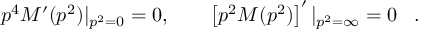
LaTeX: p ^ { 4 } M ^ { \prime } ( p ^ { 2 } ) | _ { p ^ { 2 } = 0 } = 0 , \qquad \left[ p ^ { 2 } M ( p ^ { 2 } ) \right] ^ { \prime } | _ { p ^ { 2 } = \infty } = 0 \; \; \; .